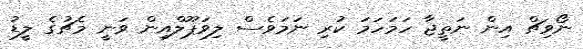
ނޯވިޗް އިން ނަތީޖާ ހަމަހަމަ ކުރި ނަމަވެސް ލިވަޕޫލްއިން ވަނީ މެޗުގެ ލީޑު